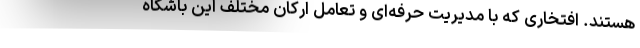
هستند. افتخاری که با مدیریت حرفه‌ای و تعامل ارکان مختلف این باشگاه